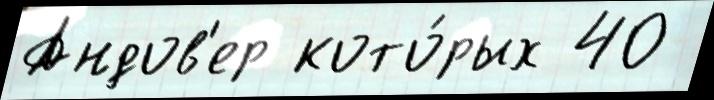
Андов'ер кото́рых 40